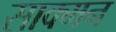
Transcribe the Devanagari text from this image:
साक्मन